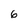
Character: 6